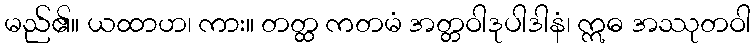
မည်၏။ ယထာဟ၊ ကား။ တတ္ထ ကတမံ အတ္တဝါဒုပါဒါနံ၊ ဣဓ အဿုတဝါ